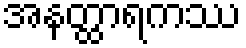
အနတ္ထာရကဿ